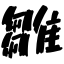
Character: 雛